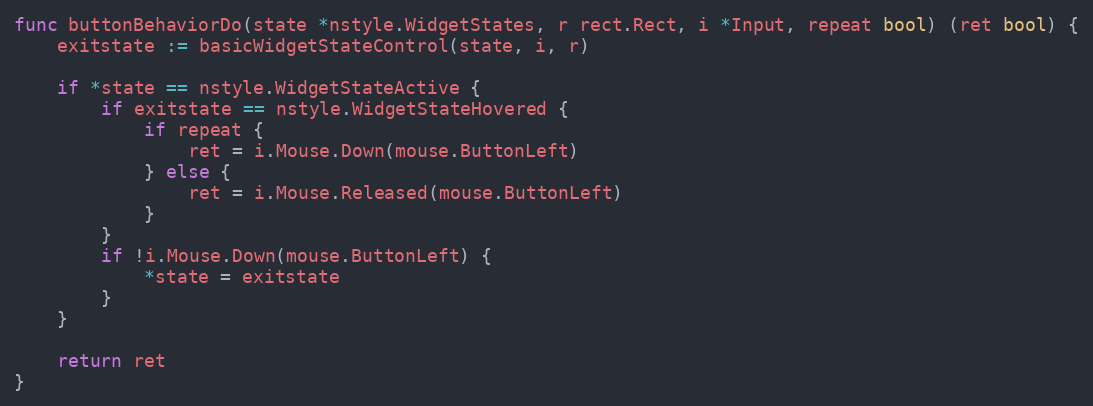
Language: Go
func buttonBehaviorDo(state *nstyle.WidgetStates, r rect.Rect, i *Input, repeat bool) (ret bool) {
	exitstate := basicWidgetStateControl(state, i, r)

	if *state == nstyle.WidgetStateActive {
		if exitstate == nstyle.WidgetStateHovered {
			if repeat {
				ret = i.Mouse.Down(mouse.ButtonLeft)
			} else {
				ret = i.Mouse.Released(mouse.ButtonLeft)
			}
		}
		if !i.Mouse.Down(mouse.ButtonLeft) {
			*state = exitstate
		}
	}

	return ret
}